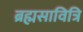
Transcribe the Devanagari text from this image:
ब्रह्मसावित्रि